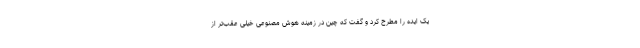
یک ایده را مطرح کرد و گفت که چین در زمینه هوش مصنوعی خیلی عقب‌تر از